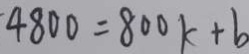
4 8 0 0 = 8 0 0 k + b